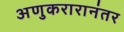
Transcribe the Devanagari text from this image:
अणुकरारानंतर